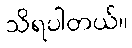
သိရပါတယ်။